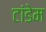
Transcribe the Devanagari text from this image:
टांडेम